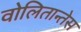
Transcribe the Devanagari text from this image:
वोलितान्तेस